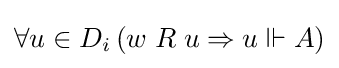
\forall u\in D_{i}\,(w\;R\;u\Rightarrow u\Vdash A)